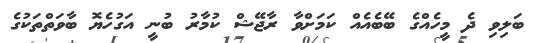
ބަލިވި ދެ މީހެއްގެ ބޭބެއެއް ކަމަށްވާ ރާޖޭޝް ކުމާރު ބުނީ އަގުހެޔޮ ބާވަތްތަކުގެ